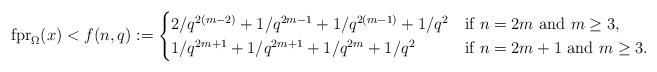
LaTeX: \begin{align*} \mathrm{fpr}_\Omega(x)< f(n,q):=\begin{cases}2/q^{2(m-2)}+1/q^{2m-1}+1/q^{2(m-1)}+1/q^2&\textrm{if }n=2m \textrm{ and }m\geq 3,\\1/q^{2m+1}+1/q^{2m+1}+1/q^{2m}+1/q^2&\textrm{if }n=2m+1 \textrm{ and }m\geq 3.\end{cases} \end{align*}